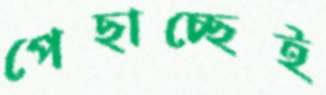
পেছাচ্ছেই